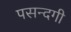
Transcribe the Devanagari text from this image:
पसन्दगी